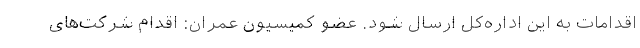
اقدامات به این اداره‌کل ارسال شود. عضو کمیسیون عمران: اقدام شرکت‌های